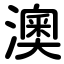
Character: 澳